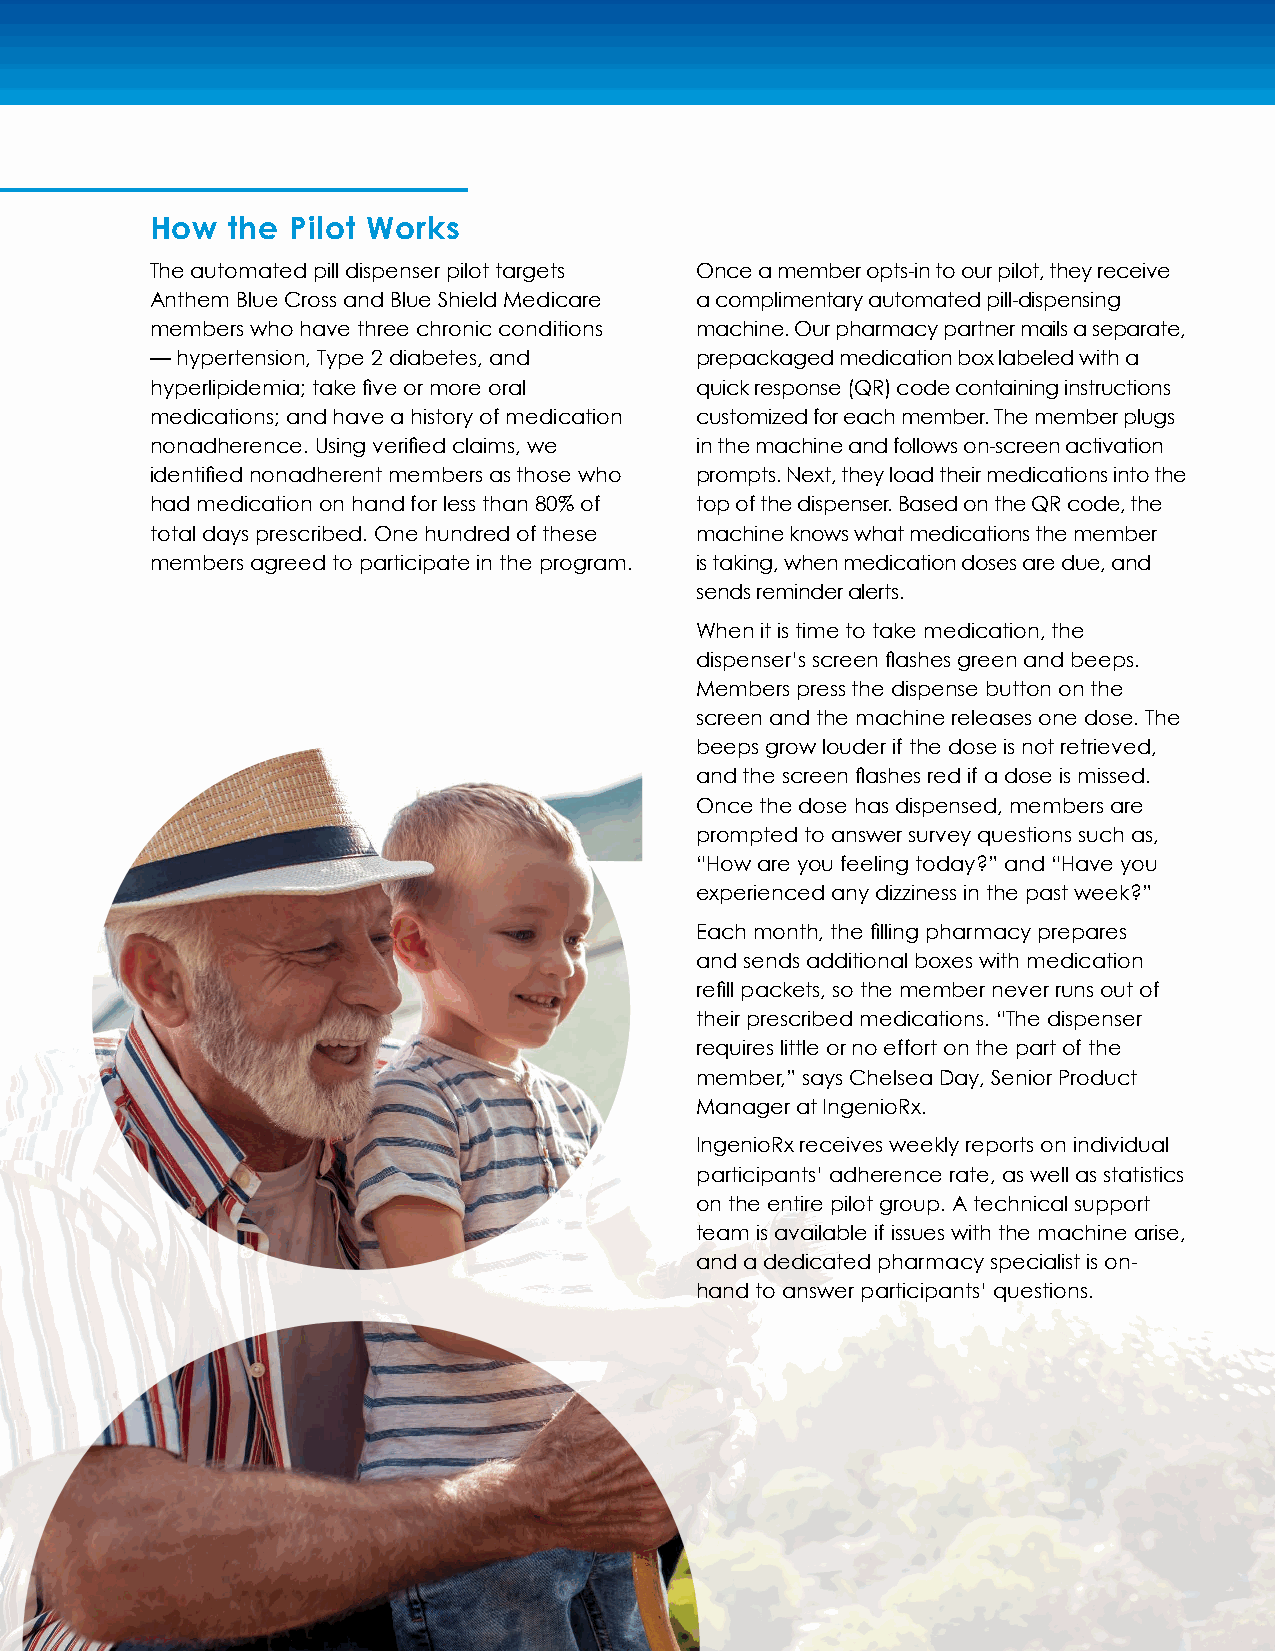
How  the Pilot Works
 The automated pill dispenser pilot targets Once a member opts-in to our pilot, they receive
 Anthem Blue Cross and Blue Shield Medicare a complimentary automated pill-dispensing
 members who have three chronic conditions machine. Our pharmacy partner mails a separate,
 — hypertension, Type 2 diabetes, and prepackaged medication box labeled with a
 hyperlipidemia; take five or more oral quick response (QR) code containing instructions
 medications; and have a history of medication customized for each member. The member plugs
 nonadherence. Using verified claims, we in the machine and follows on-screen activation
 identified nonadherent members as those who prompts. Next, they load their medications into the
 had medication on hand for less than 80% of top of the dispenser. Based on the QR code, the
 total days prescribed. One hundred of these machine knows what medications the member
 members agreed to participate in the program. is taking, when medication doses are due, and
 sends reminder alerts.
 When it is time to take medication, the
 dispenser’s screen flashes green and beeps.
 Members press the dispense button on the
 screen and the machine releases one dose. The
 beeps grow louder if the dose is not retrieved,
 and the screen flashes red if a dose is missed.
 Once the dose has dispensed, members are
 prompted to answer survey questions such as,
 “How are you feeling today?” and “Have you
 experienced any dizziness in the past week?”
 Each month, the filling pharmacy prepares
 and sends additional boxes with medication
 refill packets, so the member never runs out of
 their prescribed medications. “The dispenser
 requires little or no effort on the part of the
 member,” says Chelsea Day, Senior Product
 Manager at IngenioRx.
 IngenioRx receives weekly reports on individual
 participants’ adherence rate, as well as statistics
 on the entire pilot group. A technical support
 team is available if issues with the machine arise,
 and a dedicated pharmacy specialist is on-
 hand to answer participants’ questions.